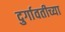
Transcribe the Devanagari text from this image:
दुर्गावतीच्या